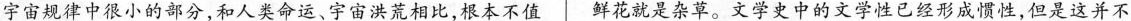
宇宙规律中小的部分，和人妻命运、字宙洪荒相比，根本不值 鲜花就是杂草。文学史中的文学性已烂形成惯性，但是这并不